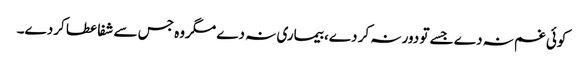
کوئی غم نہ دے جسے تو دور نہ کر دے، بیماری نہ دے مگروہ جس سے شفا عطا کردے۔